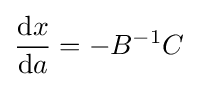
{\frac {{\text{d}}x}{{\text{d}}a}}=-B^{-1}C